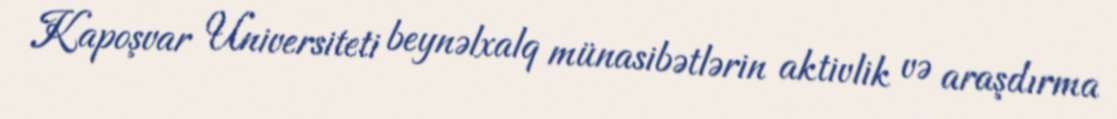
Kapoşvar Universiteti beynəlxalq münasibətlərin aktivlik və araşdırma